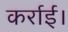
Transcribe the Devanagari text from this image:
कर्राईं।